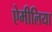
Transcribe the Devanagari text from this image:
ऐमीलिया